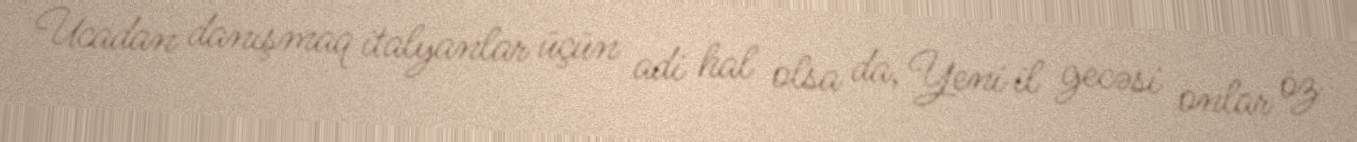
Ucadan danışmaq italyanlar üçün adi hal olsa da, Yeni il gecəsi onlar öz